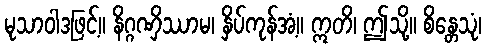
မုသာဝါဒဖြင့်။ နိဂ္ဂဏှိဿာမ၊ နှိပ်ကုန်အံ့။ ဣတိ၊ ဤသို့။ စိန္တေသုံ၊